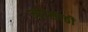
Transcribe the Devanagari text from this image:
ज्यांसाठी